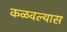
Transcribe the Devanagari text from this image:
कळवल्यास